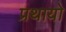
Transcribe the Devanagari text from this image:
प्रथायो